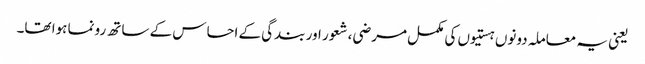
یعنی یہ معاملہ دونوں ہستیوں کی مکمل مرضی، شعور اور بندگی کے احساس کے ساتھ رونما ہوا تھا۔